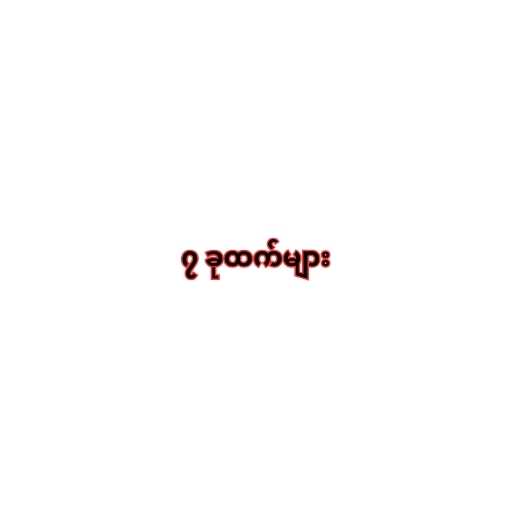
၇ ခုထက်များ